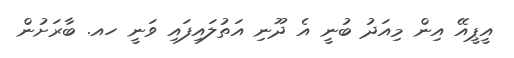
އީޕީއޭ އިން މިއަދު ބުނީ އެ ދޫނި އަތުލައިފައި ވަނީ ހއ. ބާރަށުން